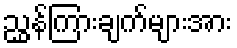
ညွှန်ကြားချက်များအား